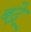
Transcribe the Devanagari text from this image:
बद्रे